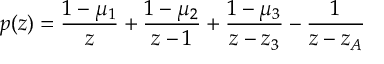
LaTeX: p ( z ) = \frac { 1 - \mu _ { 1 } } { z } + \frac { 1 - \mu _ { 2 } } { z - 1 } + \frac { 1 - \mu _ { 3 } } { z - z _ { 3 } } - \frac { 1 } { z - z _ { A } }